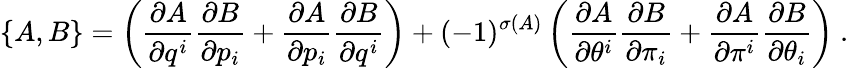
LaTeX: \left\{ A,B\right\} =\left(\frac{\partial A}{\partial q^{i}}\frac{\partial B}{\partial p_{i}}+\frac{\partial A}{\partial p_{i}}\frac{\partial B}{\partial q^{i}}\right)+(-1)^{\sigma(A)}\left(\frac{\partial A}{\partial\theta^{i}}\frac{\partial B}{\partial\pi_{i}}+\frac{\partial A}{\partial\pi^{i}}\frac{\partial B}{\partial\theta_{i}}\right)\ .